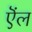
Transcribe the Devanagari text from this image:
ऎंल